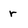
Character: r